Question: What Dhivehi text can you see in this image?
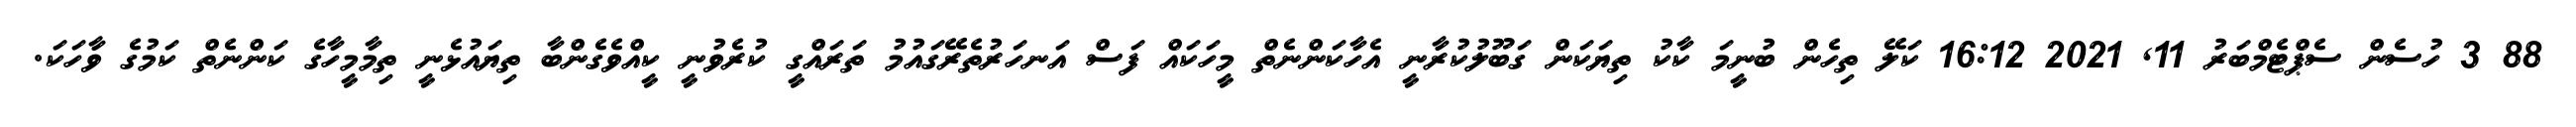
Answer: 88 3 ހުސެން ސެޕްޓެމްބަރު 11, 2021 16:12 ކަލޭ ތިހެން ބުނީމަ ކާކު ތިޔަކަން ގަބޫލުކުރާނީ އެހާކަންނެތް މީހަކައް ފަސް އަނހަރުތެރޭގައުމު ތަރައްގީ ކުރެވުނީ ކީއްވެގެންބާ ތިޔައުޅެނީ ތިމާމީހާގެ ކަންނެތް ކަމުގެ ވާހަކަ.